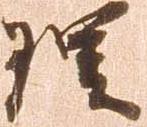
理